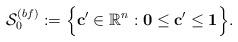
LaTeX: \begin{align*} \mathcal{S}^{(bf)}_0 := \Big\{\mathbf{c}' \in \mathbb{R}^{n}: \mathbf{0} \leq \mathbf{c}' \leq \mathbf{1}\Big\}.\end{align*}